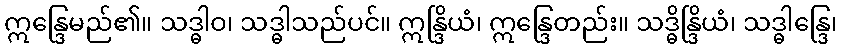
ဣန္ဒြေမည်၏။ သဒ္ဓါဝ၊ သဒ္ဓါသည်ပင်။ ဣန္ဒြိယံ၊ ဣန္ဒြေတည်း။ သဒ္ဓိန္ဒြိယံ၊ သဒ္ဓါန္ဒြေ၊